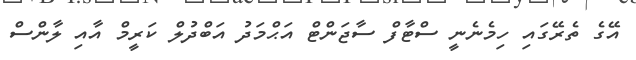
އޭގެ ތެރޭގައި ހިމެނެނީ ސްޓާފް ސާޖަންޓް އަޙްމަދު އަބްދުލް ކަރީމް އާއި ލާންސް